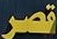
قصر